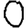
Digit: 0